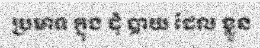
ប្រមាទ ក្នុង ដុំ បាយ ដែល ខ្លួន